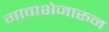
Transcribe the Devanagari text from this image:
गावाशेजारुन